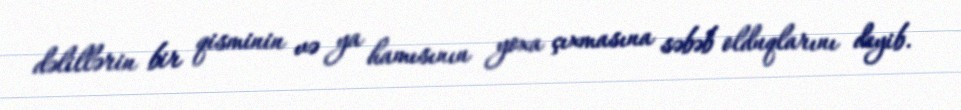
dəlillərin bir qisminin və ya hamısının yoxa çıxmasına səbəb olduqlarını deyib.